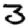
Digit: 3